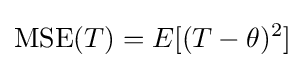
\operatorname {MSE} (T)=E[(T-\theta )^{2}]